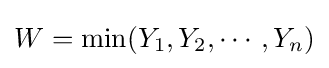
W=\min(Y_{1},Y_{2},\cdots ,Y_{n})